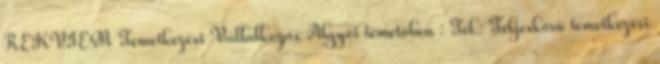
REKVIEM Temetkezési Vállalkozás Algyôi temetôben : Tel.: Teljeskörû temetkezési